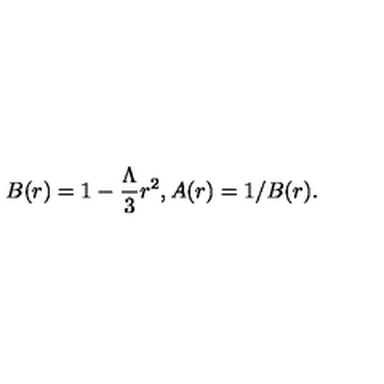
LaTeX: B ( r ) = 1 - { \frac { \Lambda } { 3 } } r ^ { 2 } , A ( r ) = 1 / B ( r ) .